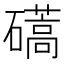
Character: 𥖰